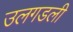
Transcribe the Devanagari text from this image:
उलगडली